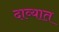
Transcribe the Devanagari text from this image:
दाव्यात